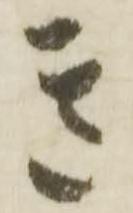
き